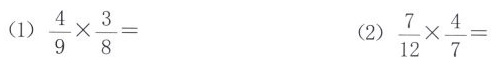
（1）$$\frac { 4 } { 9 } \times \frac { 3 } { 8 } =$$ （2）$$\frac { 7 } { 1 2 } \times